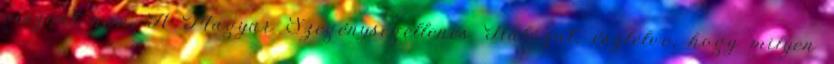
viszont nem. A Magyar Szegénységellenes Hálózat, észlelve, hogy milyen